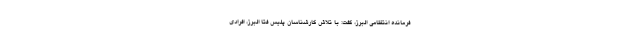
فرمانده انتظامی البرز، گفت: با تلاش کارشناسان پلیس فتا البرز، افرادی